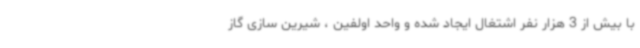
با بیش از 3 هزار نفر اشتغال ایجاد شده و واحد اولفین ، شیرین سازی گاز